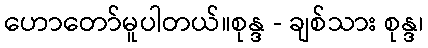
ဟောတော်မူပါတယ်။စုန္ဒ - ချစ်သား စုန္ဒ၊